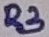
Text: R3